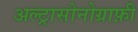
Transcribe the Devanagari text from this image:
अल्ट्रासोनोग्राफ़ी